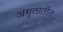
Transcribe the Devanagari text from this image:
अमृतातील